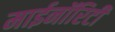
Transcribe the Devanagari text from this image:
माईनॉरिटी